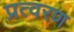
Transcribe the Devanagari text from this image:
प्रत्वरण